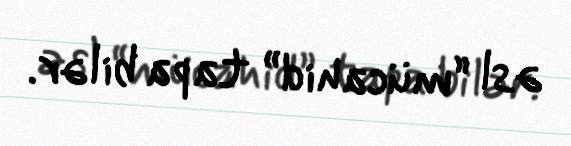
əsl “mücahid” tapa bilər.